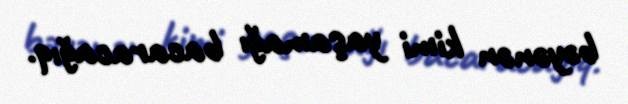
bəyənən kimi yaşamağı bacaracağıq.